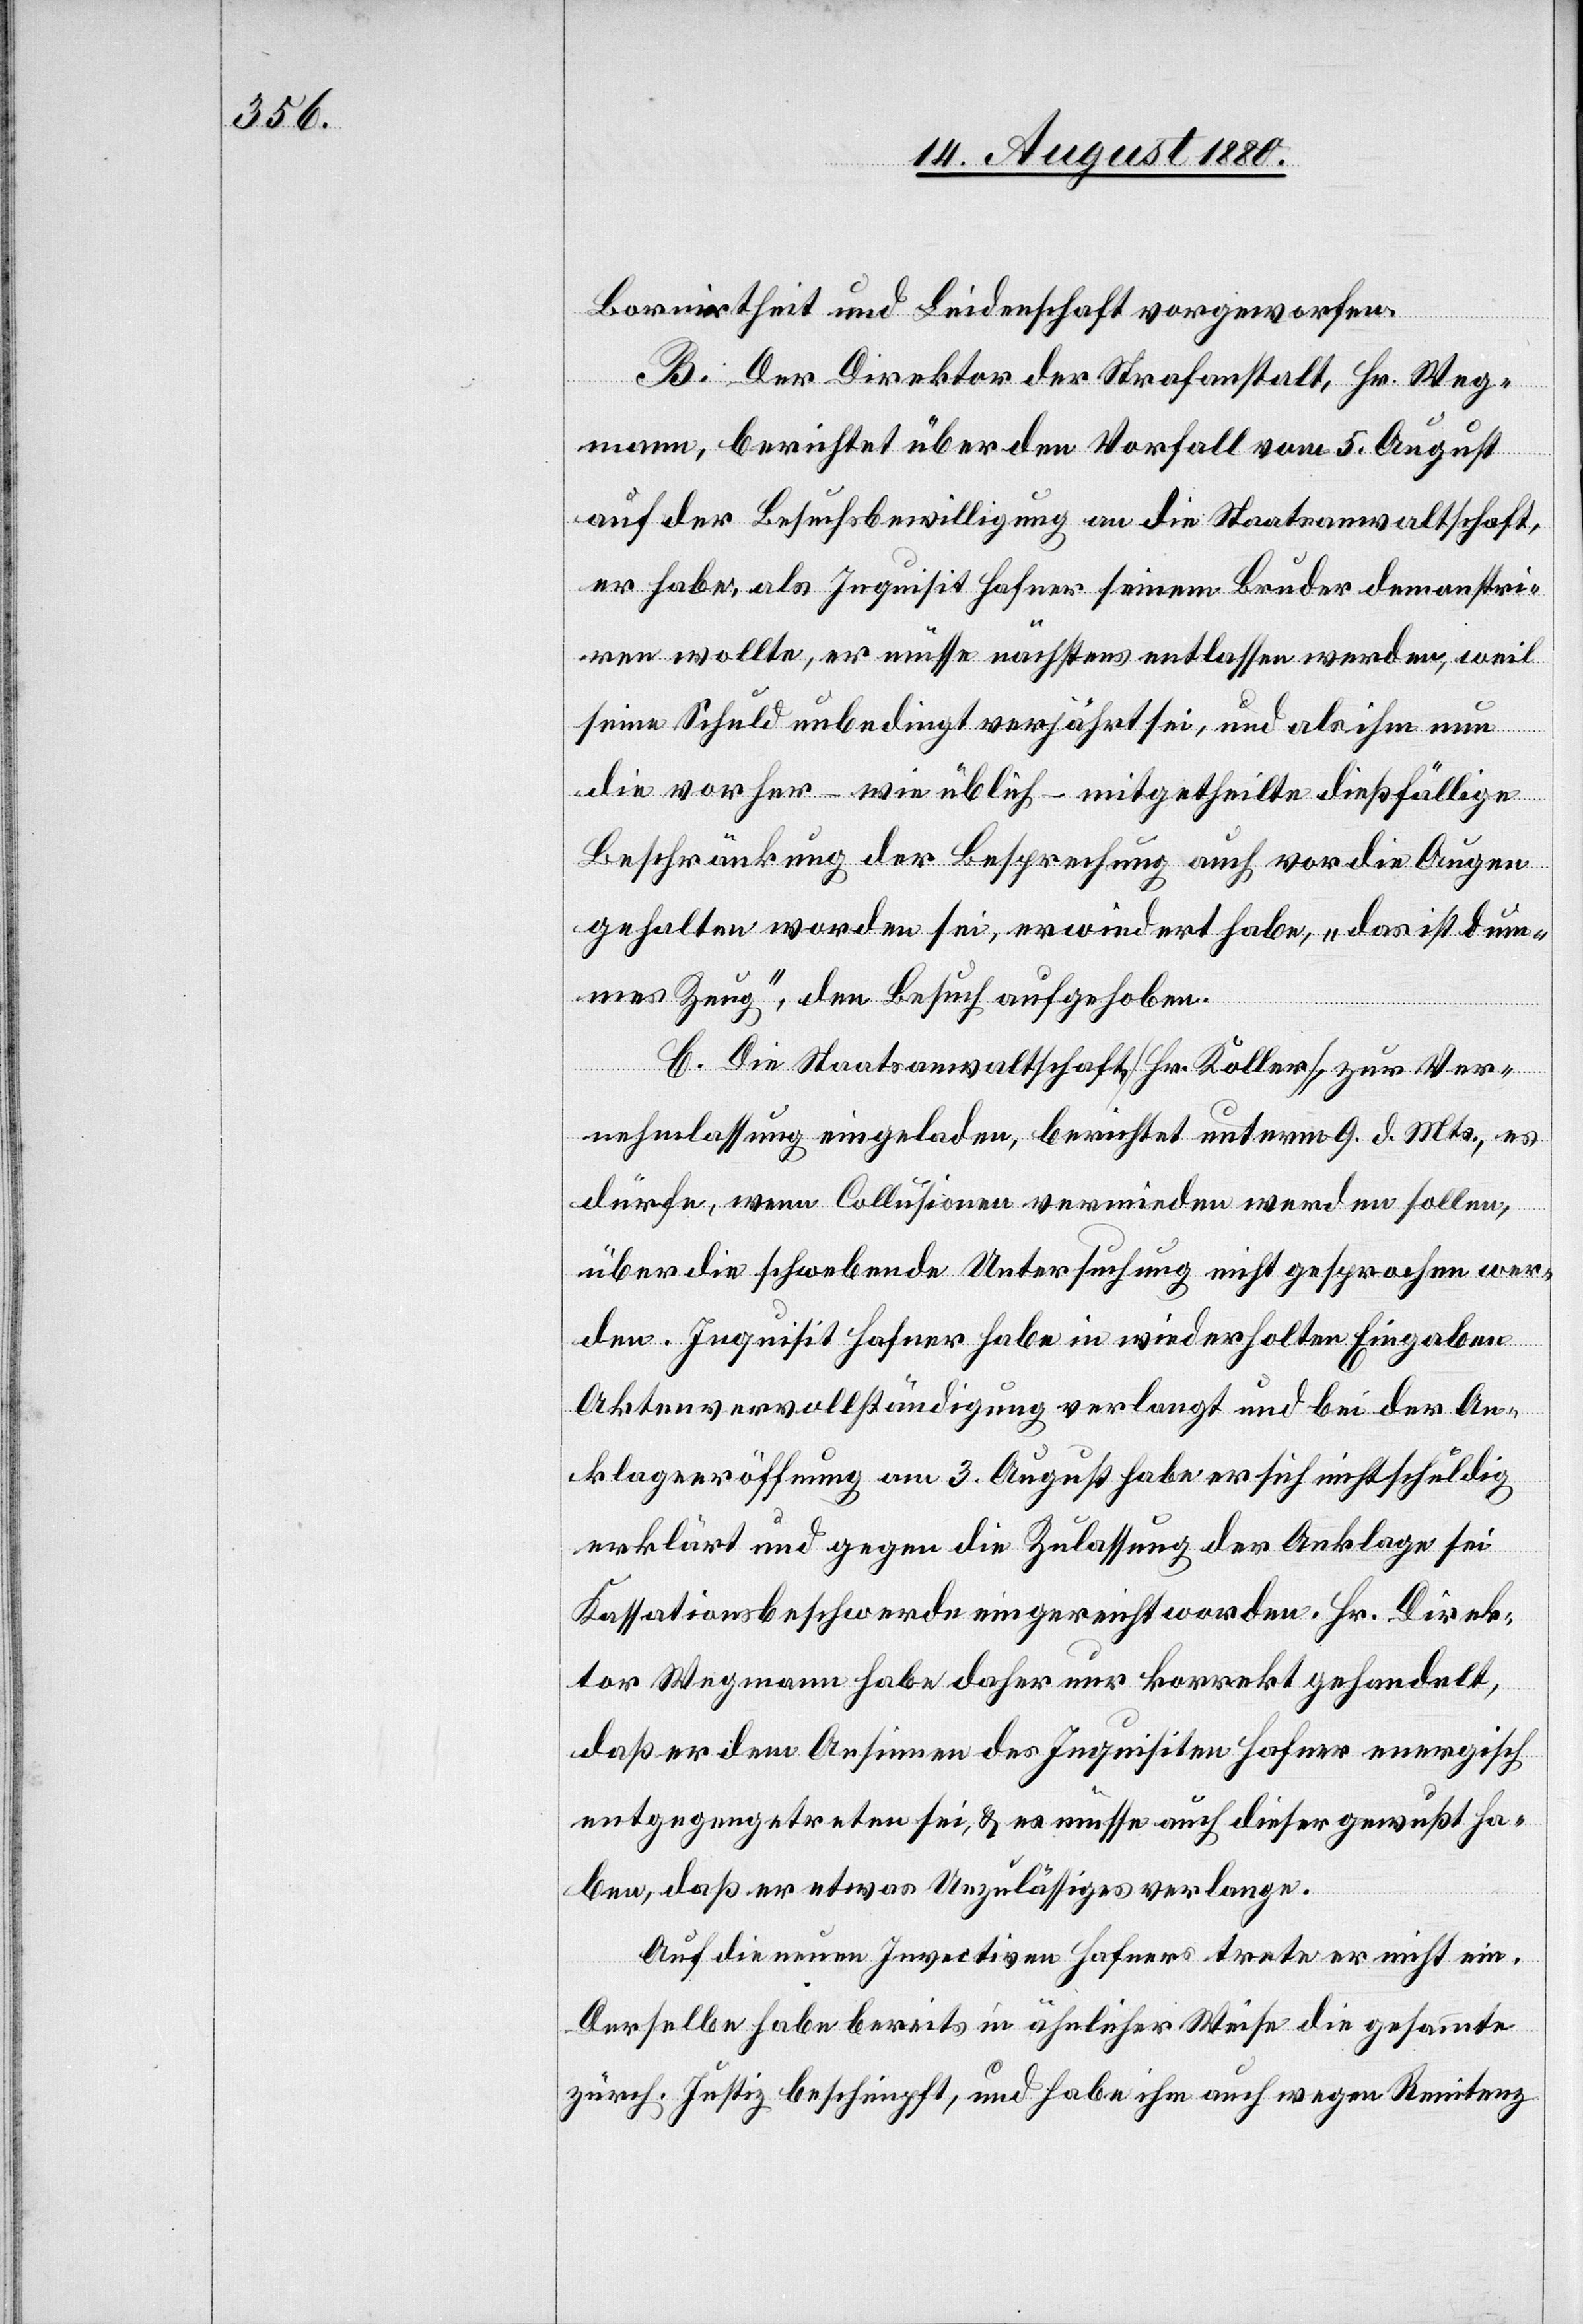
Borniertheit und Leidenschaft vorgeworfen.
B. Der Direktor der Strafanstalt, Hr. Weg¬
mann, berichtet über den Vorfall vom 5. August
auf der Besuchsbewilligung an die Staatsanwaltschaft,
er habe, als Inquisit Hafner seinem Bruder demonstri¬
ren wollte, er müsse nächstens entlassen werden, weil
seine Schuld unbedingt verjährt sei, und als ihm nun
die vorher – wie üblich – mitgetheilte dießfällige
Beschränkung der Besprechung auch vor die Augen
gehalten worden sei, erwiedert habe, „das ist dum¬
mes Zeug“, den Besuch aufgehoben.
C. Die Staatsanwaltschaft [Hr. Koller] zur Ver¬
nehmlassung eingeladen, berichtet unterm 9. d. Mts., es
dürfe, wenn Collusionen vermieden werden sollen
über die schwebende Untersuchung nicht gesprochen wer¬
den. Inquisit Hafner habe in wiederholten Eingaben
Aktenvervollständigung verlangt und bei der An¬
klageeröffnung am 3. August habe er sich nicht schuldig
erklärt und gegen die Zulassung der Anklage sei
Kassationsbeschwerde eingereicht worden. Hr. Direk¬
tor Wegmann habe daher nur korrekt gehandelt,
daß er dem Ansinnen des Inquisiten Hafner energisch
entgegengetreten sei, & es müsse auch dieser gewußt ha¬
ben, daß er etwas Unzulässiges verlange.
Auf die neuen Invectiven Hafner trete er nicht ein.
Derselbe habe bereits in ähnlicher Weise die gesammte
zürch. Justiz beschimpft, und habe ihm auch wegen Renitenz